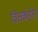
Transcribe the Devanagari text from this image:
वितर्कहीन